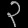
Digit: ၃